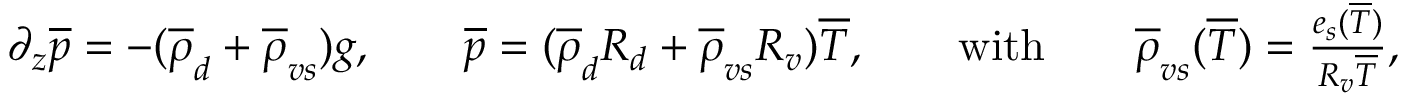
\begin{array} { r } { \partial _ { z } \overline { { p } } = - ( \overline { { \rho } } _ { d } + \overline { { \rho } } _ { v s } ) g , \qquad \overline { { p } } = ( \overline { { \rho } } _ { d } R _ { d } + \overline { { \rho } } _ { v s } R _ { v } ) \overline { { T } } , \qquad \mathrm { w i t h } \qquad \overline { { \rho } } _ { v s } ( \overline { { T } } ) = \frac { e _ { s } ( \overline { { T } } ) } { R _ { v } \overline { { T } } } , } \end{array}